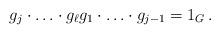
LaTeX: \begin{align*} g_j \cdot \ldots \cdot g_{\ell} g_1 \cdot \ldots \cdot g_{j-1} = 1_G \,.\end{align*}